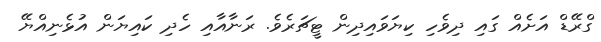
ގްރޭޑް އަށެއް ގައި ދިވެހި ކިޔަވައިދިން ޓީޗަރެވެ. ރަނާއާއި ހެދި ކައިޔަން އުޅެނިއްޔޭ